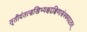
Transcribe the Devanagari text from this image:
तृतीयंतत्सखिभ्यश्चदक्षिणासंस्थमादरात्